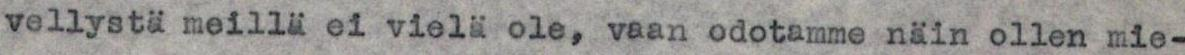
vellystä meillä ei vielä ole, vaan odotamme näin ollen mie-